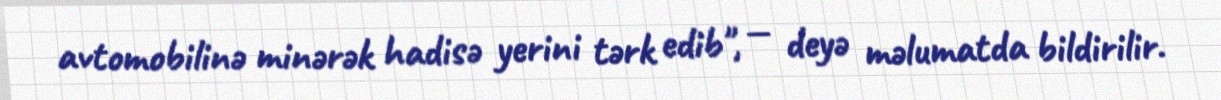
avtomobilinə minərək hadisə yerini tərk edib", — deyə məlumatda bildirilir.